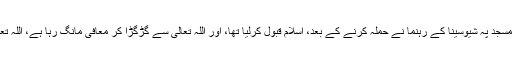
مگر مودی یہ بات مت بھولے، کہ بابری مسجد پہ شیوسینا کے رہنما نے حملہ کرنے کے بعد، اسلام قبول کرلیا تھا، اور اللہ تعالیٰ سے گڑگڑا کر معافی مانگ رہا ہے، اللہ تعالیٰ ہرایک کی توبہ قبول فرمانے والا ہے۔